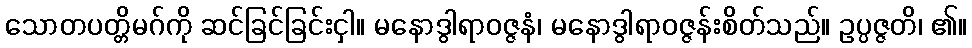
သောတပတ္တိမဂ်ကို ဆင်ခြင်ခြင်းငှါ။ မနောဒွါရာဝဇ္ဇနံ၊ မနောဒွါရာဝဇ္ဇန်းစိတ်သည်။ ဥပ္ပဇ္ဇတိ၊ ၏။